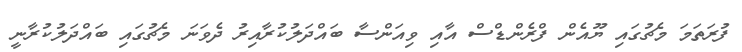
ފުރަތަމަ މެޗުގައި ޔޫއެން ފްރެންޑްސް އާއި ވިއަންސާ ބައްދަލުކުރާއިރު ދެވަނަ މެޗުގައި ބައްދަލުކުރާނީ